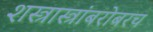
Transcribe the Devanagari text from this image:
शस्त्रास्त्रांबरोबरच